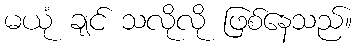
မယုံ ချင် သလိုလို ဖြစ်နေသည်။